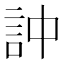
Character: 訲